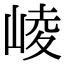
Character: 崚